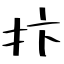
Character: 抃